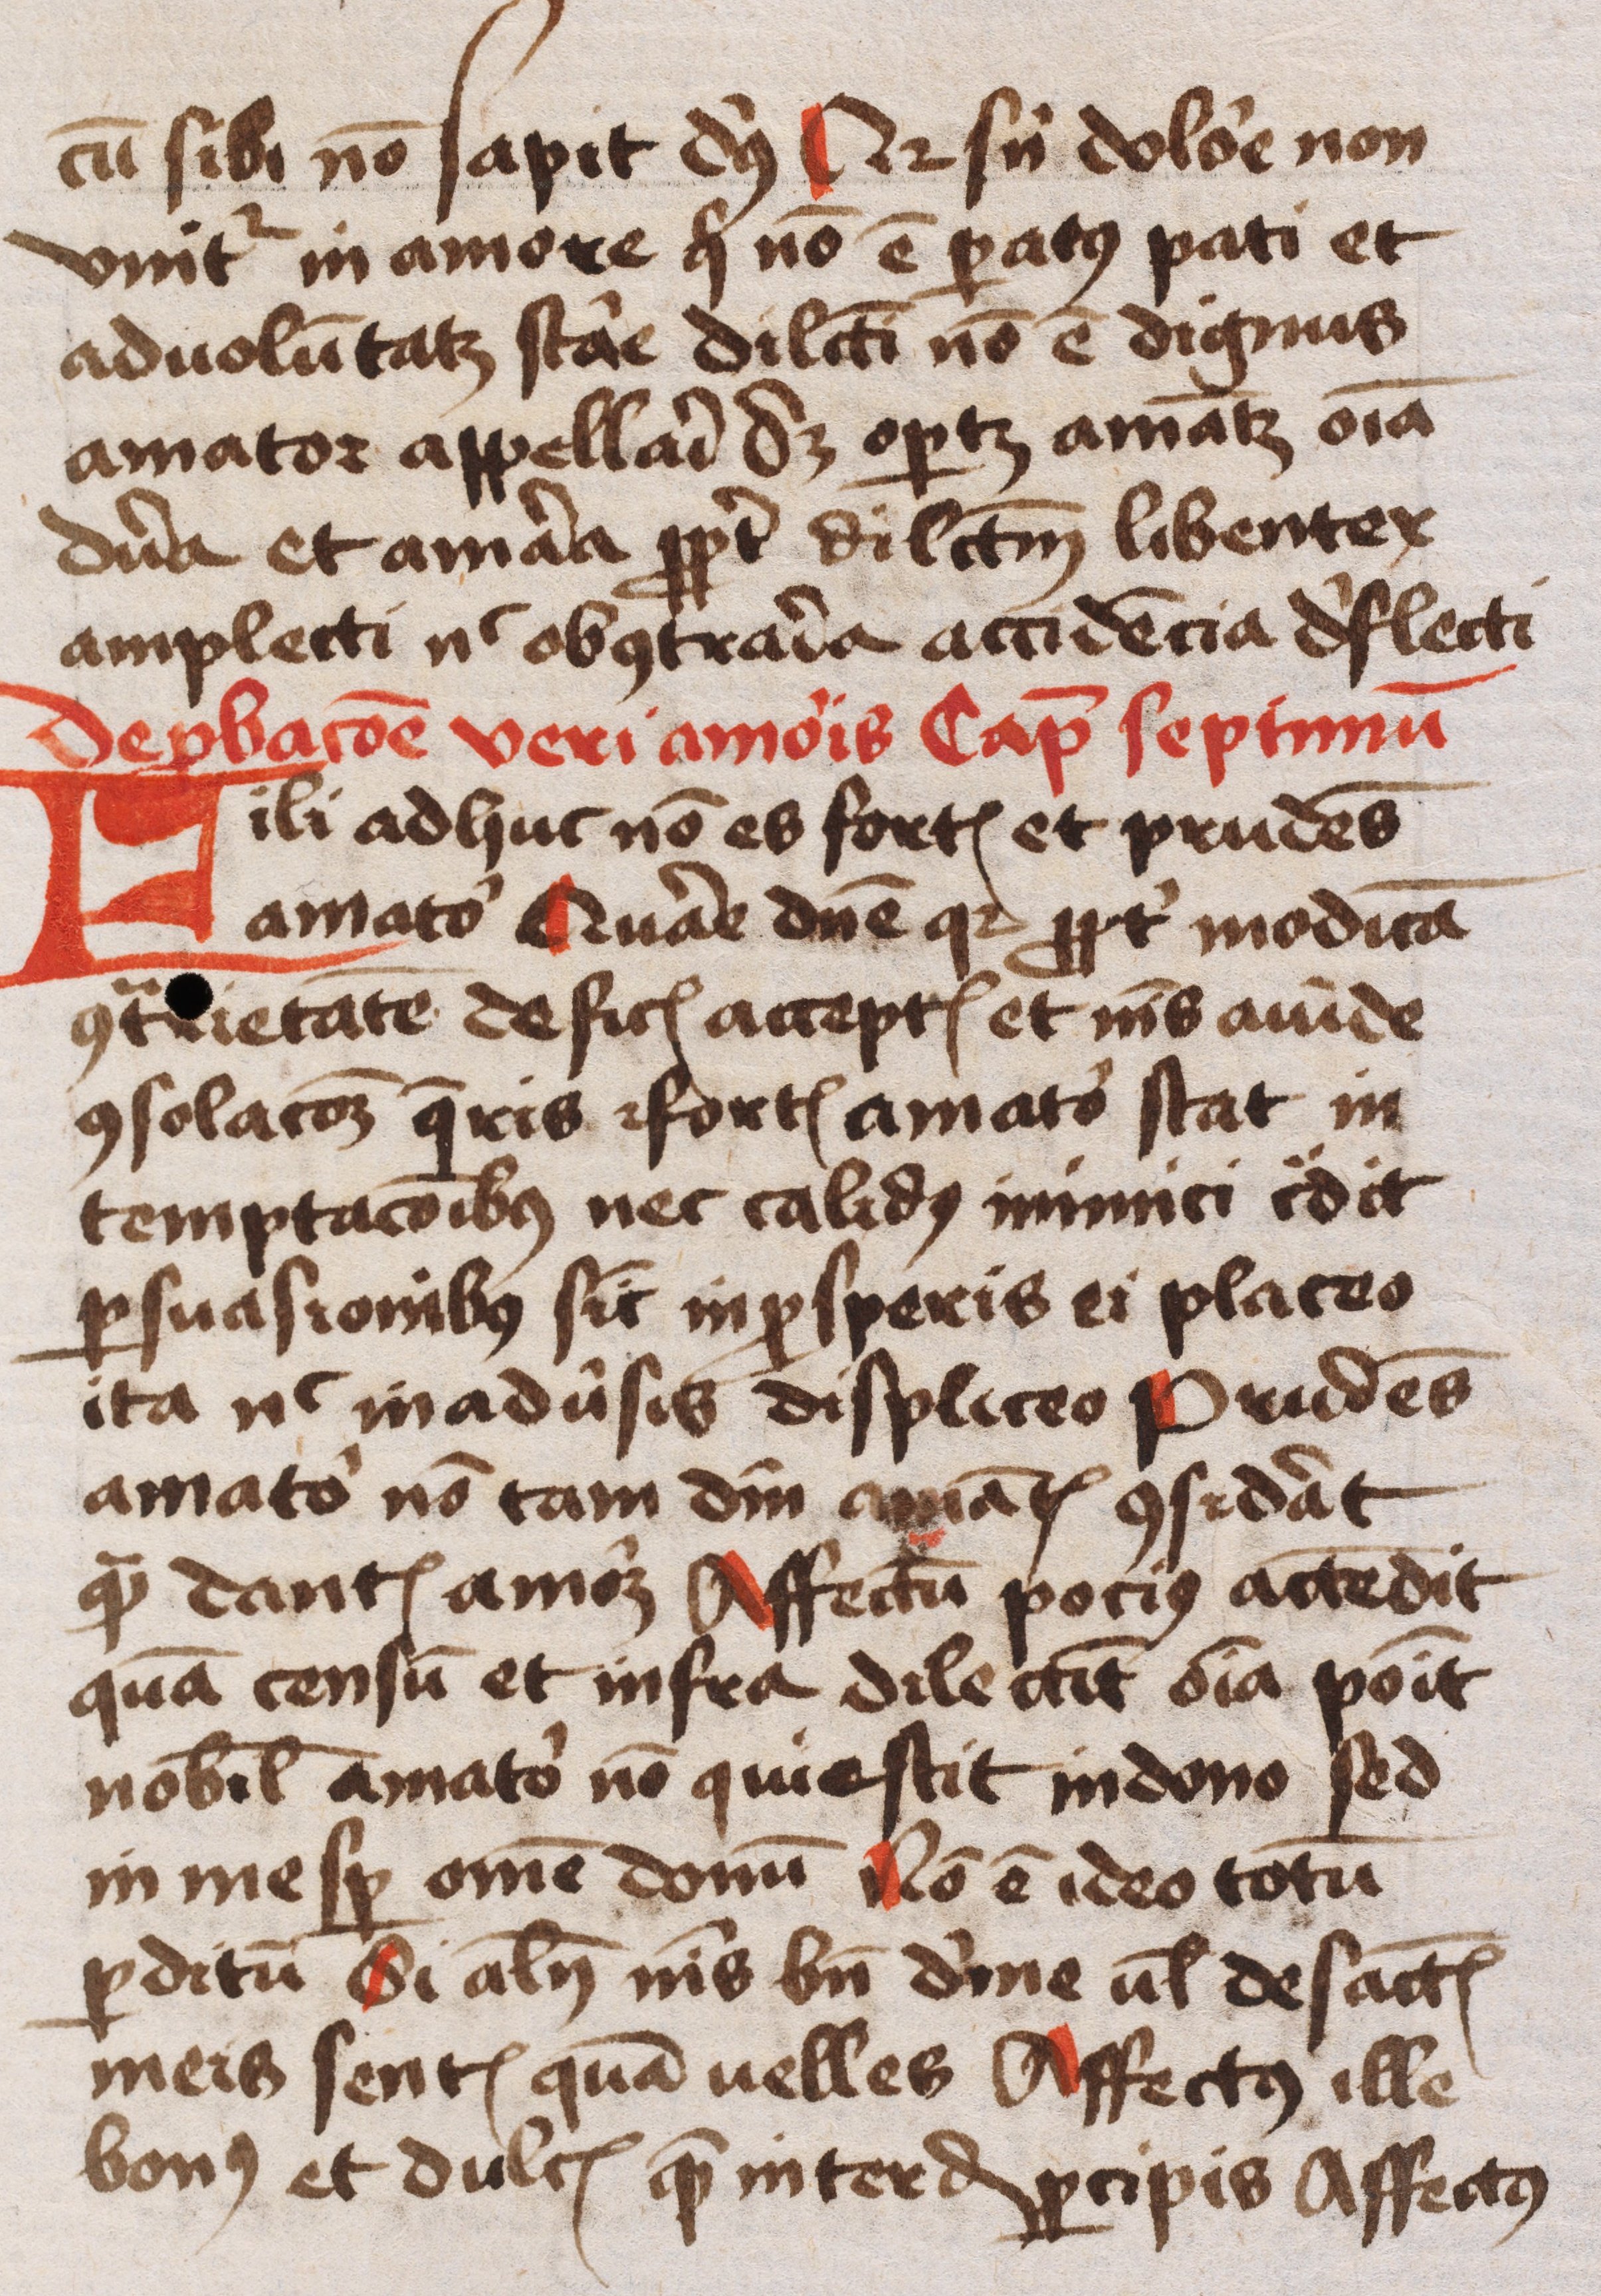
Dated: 1445–1455